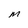
Character: m